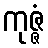
ကုဇ္ဇံ